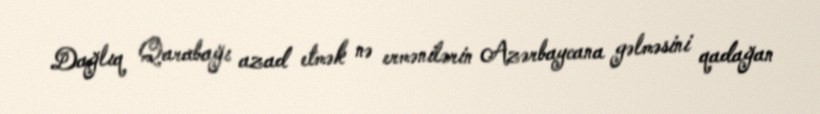
Dağlıq Qarabağı azad etmək nə ermənilərin Azərbaycana gəlməsini qadağan